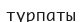
түрпаты